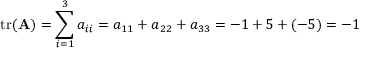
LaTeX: \operatorname { t r } ( \mathbf { A } ) = \sum _ { i = 1 } ^ { 3 } a _ { i i } = a _ { 1 1 } + a _ { 2 2 } + a _ { 3 3 } = - 1 + 5 + ( - 5 ) = - 1